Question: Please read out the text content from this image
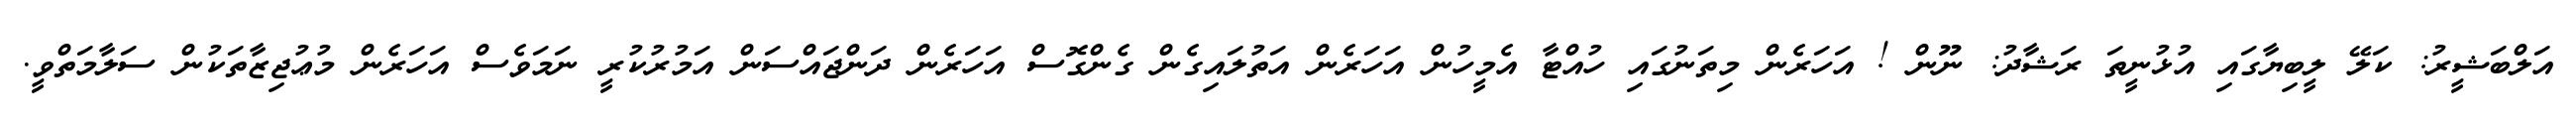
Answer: އަލްބަޝީރު: ކަލޭ ލީބިޔާގައި އުޅުނީތަ ރަޝާދު: ނޫން ! އަހަރެން މިތަނުގައި ހުއްޓާ އެމީހުން އަހަރެން އަތުލައިގެން ގެންގޮސް އަހަރެން ދަންޖައްސަން އަމުރުކުރީ ނަމަވެސް އަހަރެން މުޢުޖިޒާތަކުން ސަލާމަތްވީ.